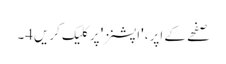
صفحے کے اپر، 'اپشنز' پر کلیک کریں4۔